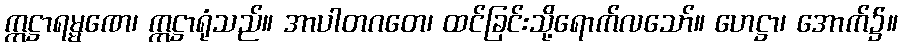
ဣဋ္ဌာရမ္မဏေ၊ ဣဋ္ဌာရုံသည်။ အာပါတဂတေ၊ ထင်ခြင်းသို့ရောက်လသော်။ ဟေဋ္ဌာ၊ အောက်၌။